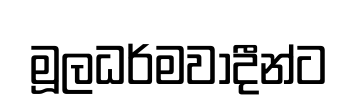
මූලධර්මවාදීන්ට